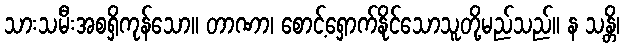
သားသမီးအစရှိကုန်သော။ တာဏာ၊ စောင့်ရှောက်နိုင်သောသူတို့မည်သည်။ န သန္တိ၊